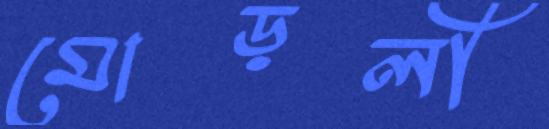
মোড়লী